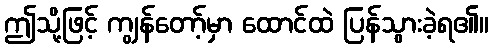
ဤသို့ဖြင့် ကျွန်တော့်မှာ ထောင်ထဲ ပြန်သွားခဲ့ရ၏။